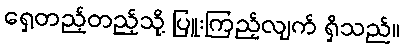
ရှေ့တည့်တည့်သို့ ပြူးကြည့်လျက် ရှိသည်။